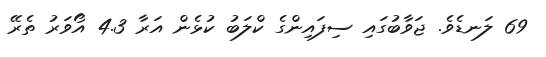
69 ލަނޑެވެ. ޖަވާބުގައި ސިފައިންގެ ކްލަބު ކުޅެން އަރާ 4.3 އޯވަރު ތެރޭ